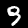
Digit: 9